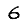
Digit: 6